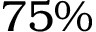
7 5 \%